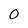
Character: O